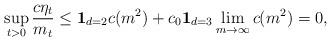
LaTeX: \begin{align*}\sup_{t>0}\frac{c\eta_t}{m_t}\leq {\bf 1}_{d=2} c(m^2) + c_0{\bf 1}_{d=3} \lim_{m\rightarrow\infty} c(m^2)=0,\end{align*}